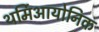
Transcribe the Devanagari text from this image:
थर्मिआयोनिक